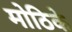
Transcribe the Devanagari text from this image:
मोठिके